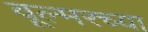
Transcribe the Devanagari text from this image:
वूल्मरच्या